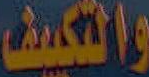
والتكيف